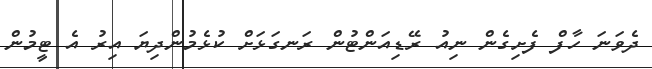
ދެވަނަ ހާފް ފެށިގެން ނިއު ރޭޑިއަންޓުން ރަނގަޅަށް ކުޅެމުންދިޔަ އިރު އެ ޓީމުން